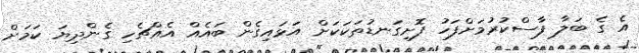
އެ ގެ ބަލާ ފާސްކުރުމަށްފަހު ފޮށިގަނޑުތަކަކަށް އަޅައިގެން ބައެއް އެއްޗެހި ގެންދިޔަ ކަމަށް